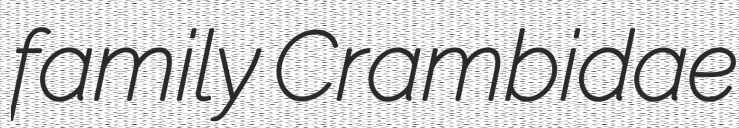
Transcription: family Crambidae